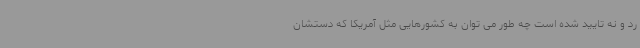
رد و نه تایید شده است چه طور می توان به کشورهایی مثل آمریکا که دستشان